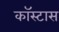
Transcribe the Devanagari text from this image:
कॉस्टास